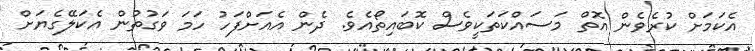
އެކަމަށް ކުރެވެން އޮތް މަސައްކަތަކީވެސް ކޮބައިތޯއެވެ. ދެން އެއަށްފަހު ހަމަ ވަގުތުން އެކަލޭގެޔަށް